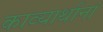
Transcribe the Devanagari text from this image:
काव्यार्थानां